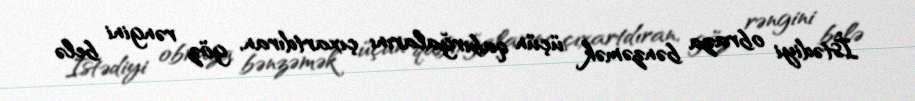
İstədiyi obraza bənzəmək üçün qabırğalarını çıxartdıran, göz rəngini belə